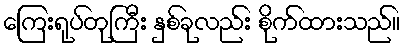
ကြေးရုပ်တုကြီး နှစ်ခုလည်း စိုက်ထားသည်။